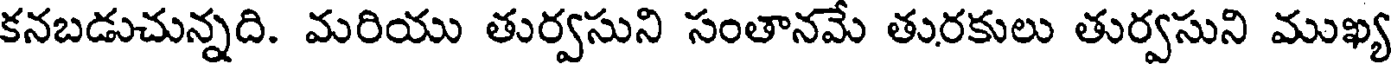
కనబడుచున్నది. మరియు తుర్వసుని సంతానమే తురకులు తుర్వసుని ముఖ్య